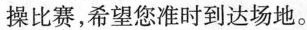
操比赛，希望您准时到达场地。